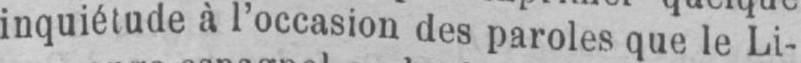
inquiétude à l’occasion des paroles que le Li-